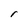
Character: I